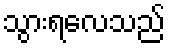
သွားရလေသည်